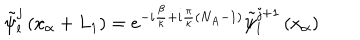
LaTeX: { \tilde { \psi } } _ { l } ^ { j } \left( x _ { \alpha } + L _ { 1 } \right) = e ^ { - i \frac { \beta } { \kappa } + i \frac { \pi } { \kappa } \left( N _ { A } - 1 \right) } { \tilde { \psi } } _ { l } ^ { j + 1 } \left( x _ { \alpha } \right)